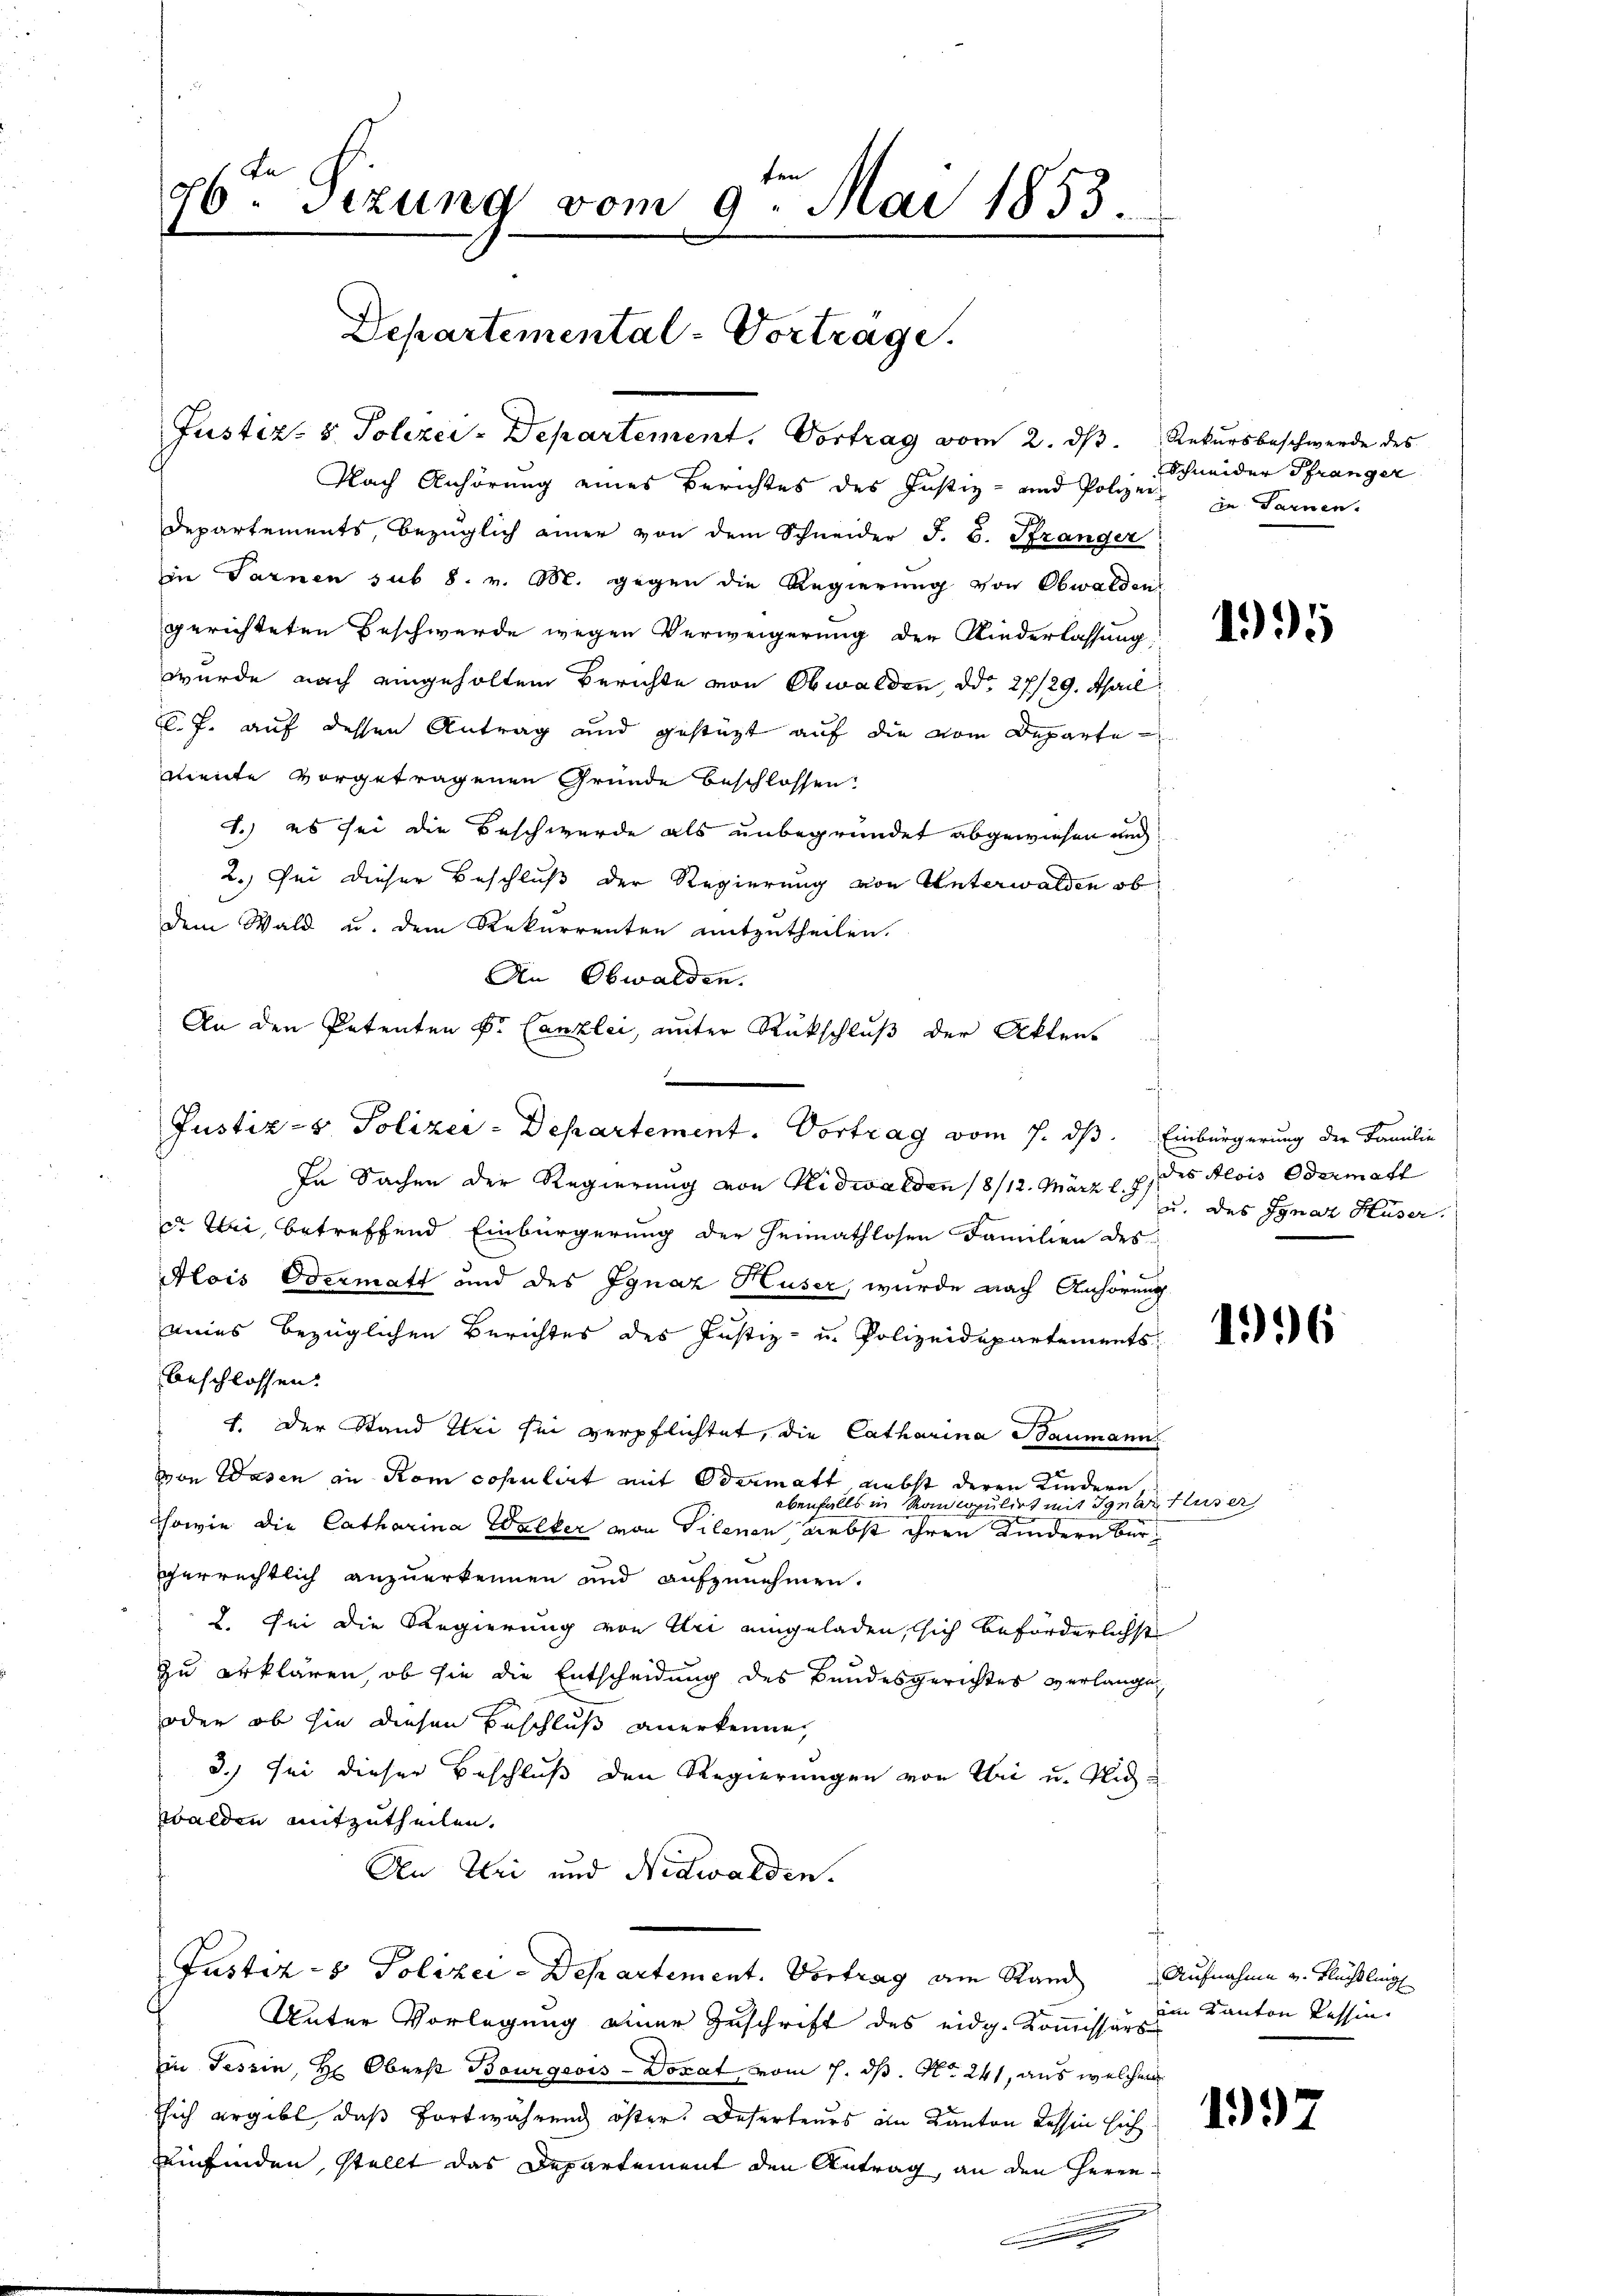
26ten Sizung vom 9. Mai 1853.
Departemental-Vortrage.

Justiz- & Polizei-Departement. Vortrag vom 2. ds. Rekursbeschwerde des
Nach Anhörung eines Berichtes des Justiz- und Polizei- Sarnen,
8
Departements, bezüglich einer von dem Schneider J. B. Brander
in Garnen sub 8. v. M. gegen die Regierung von Obwaldens
gerichteten Beschwerde wegen Verweigerung der Kinderlassung de
wurde nach eingeholten Berichte von Obwalden, d. 27/29. April
C. J. auf dessen Antrag und gestützt auf die vom Departe
mente vorgetragenen Gründe beschlossen:
1.) es sei die Beschwerde als unbegründet abgewiesen und
2.) Sei dieser Beschluß der Regierung von Unterwalden ob
dem Wald u. dem Rekurrenten mitzutheilen.
An Obwalden.
In Sachen der Regierung von Nidwalden /8/12. März 17 des Alois Odermatt
in bei, betreffend Einbürgerung der Heimathlosen Familien des
Alois Odermatt und des Ignaz Huser, wurde nach Anhörung
eies bezüglichen Berichtes des Justiz- u. Polizeidepartements d
beschlossen.
1. Der Stand bei sei verpflichtet, die Catharina Baumann
von Wasen in Rom copulirt mit Odermatt nebst deren Kindern,
ebenfalls in Ranlopulirt mit Ignaturrer
sowie die Catharina Walker von Gilenen, nebst ihren Kindern bergerrechtlich anzuerkennen und aufzunehmen.
2. Sei die Regierung von Uri eingeladen, sich beförderlichst
zu erklären, ob sie die Entscheidung des Bundesgerichtes verlange
oder ob sie diesen Beschluß anerkenne,
3.) Sei dieser Beschluß den Regierungen von Uri u. Nidwalden mitzutheilen.
An Uri und Nidwalden.
Justiz- & Polizei-Departement. Vortrag am Stand Aufnahme u. Flüchtling
Unter Vorlegung einer Zuschrift des eidg. Kommissärs
in Tessin, Hr. Oberst Bourgeois - Donat vom 7. ds. No. 241, aus welchem
sich ergibt, daß fortwährend öster Deserteurs in Kanton Tessin ich
einfinden, stellt das Departement den Antrag, an den Heren¬
.

An den Petenten Dr. Canzlei, unter Rückschluß der Akten.
e
Justiz- & Polizei-Departement. Vortrag vom 7. ds. Einbürgerung der Familie

Schneider Pfränger

u. des Ignaz Huser.

im Kanton Tessin.